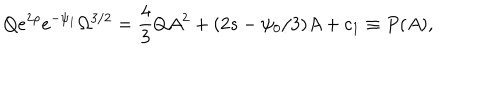
Q e ^ { 2 \rho } e ^ { - \psi _ { 1 } } \Omega ^ { 3 / 2 } = \frac { 4 } { 3 } Q A ^ { 2 } + ( 2 s - \psi _ { 0 } / 3 ) A + c _ { 1 } \equiv P ( A ) ,